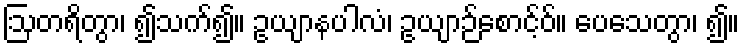
ဩတရိတွာ၊ ၍သက်၍။ ဥယျာနပါလံ၊ ဥယျာဉ်စောင့်ဝ်။ ပေသေတွာ၊ ၍။